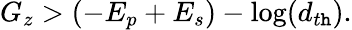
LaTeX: G_{z}>(-E_{p}+E_{s})-\log(d_{t\mathtt{h}}).